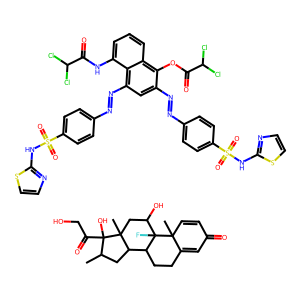
SMILES: CC1CC2C3CCC4=CC(=O)C=CC4(C)C3(F)C(O)CC2(C)C1(O)C(=O)CO.O=C(Nc1cccc2c(OC(=O)C(Cl)Cl)c(N=Nc3ccc(S(=O)(=O)Nc4nccs4)cc3)cc(N=Nc3ccc(S(=O)(=O)Nc4nccs4)cc3)c12)C(Cl)Cl
Inhibits HIV replication: No